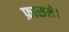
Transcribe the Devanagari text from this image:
फ़ासले।